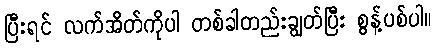
ပြီးရင် လက်အိတ်ကိုပါ တစ်ခါတည်းချွတ်ပြီး စွန့်ပစ်ပါ။